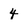
Character: 4